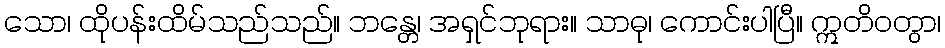
သော၊ ထိုပန်းထိမ်သည်သည်။ ဘန္တေ၊ အရှင်ဘုရား။ သာဓု၊ ကောင်းပါပြီ။ ဣတိဝတွာ၊